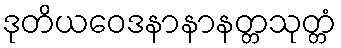
ဒုတိယဝေဒနာနာနတ္တသုတ္တံ